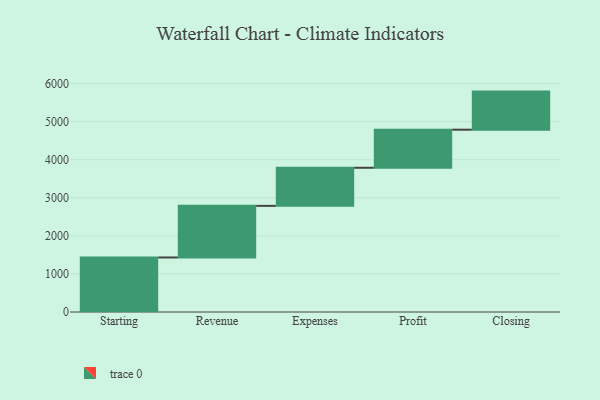
{"axis": {"x": "Step", "y": "Value"}, "legend": [""], "data": [{"x": "Starting", "y": 1432.0, "type": ""}, {"x": "Revenue", "y": 1355.0, "type": ""}, {"x": "Expenses", "y": 1000, "type": ""}, {"x": "Profit", "y": 1000, "type": ""}, {"x": "Closing", "y": 1000, "type": ""}]}